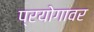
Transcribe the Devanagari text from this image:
प्रयोगावर